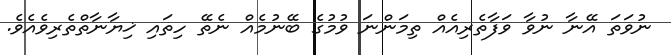
ނުވަތަ އޭނާ ނުވާ ވަފާތެރިއެއް ތިމަންނަ ވުމުގެ ބޭނުމެއް ނެތޭ ހިތައި ޚިޔާނާތްތެރިވެއެވެ.